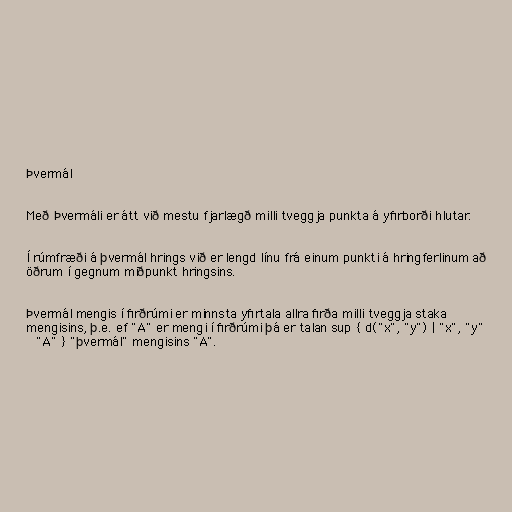
Þvermál

Með Þvermáli er átt við mestu fjarlægð milli tveggja punkta á yfirborði hlutar.

Í rúmfræði á þvermál hrings við er lengd línu frá einum punkti á hringferlinum að
öðrum í gegnum miðpunkt hringsins.

Þvermál mengis í firðrúmi er minnsta yfirtala allra firða milli tveggja staka
mengisins, þ.e. ef "A" er mengi í firðrúmi þá er talan sup { d("x", "y") | "x", "y"
∈ "A" } "þvermál" mengisins "A".